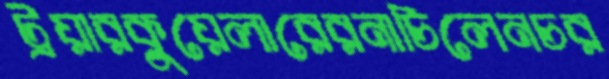
ট্রয়ারকুয়েলারেরনাচিলেনচর